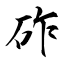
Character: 砟